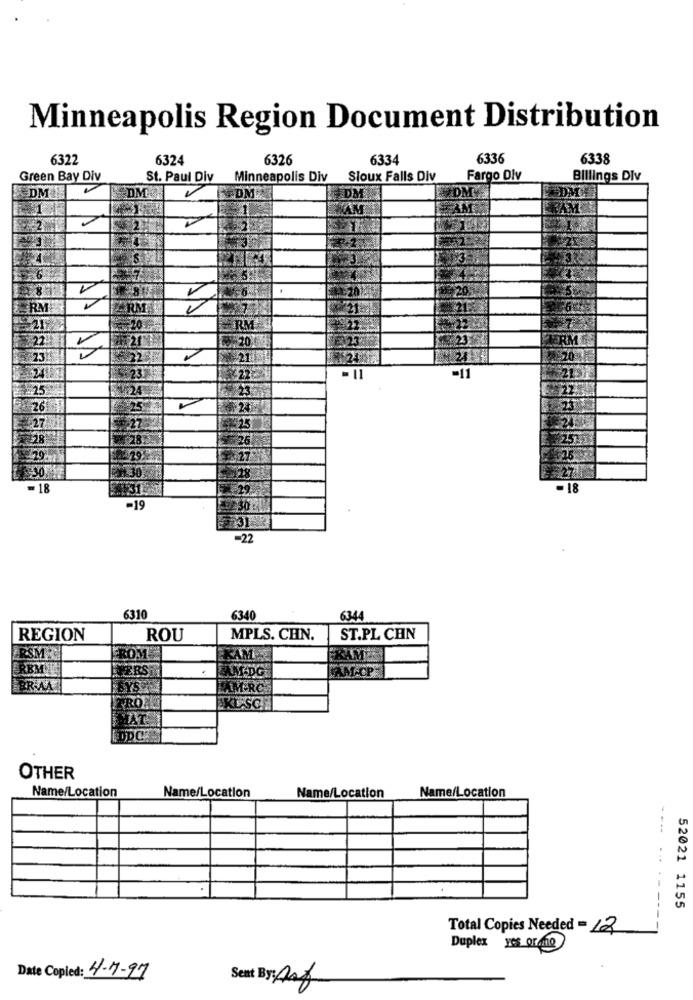
Minneapolis Region Document Distribution
6322
6324
6326
6334
6336
6338
Green Bay Div
St. Paul Div
Minneapolis Div
Sioux Falls Div
Fargo Dlv
Billings DIv
DM
DM
4 DM
1
RM
ZIRM
23
1
= 11
-11
25
261
$ 24
27
125
28
=18
- 18
-19
-22
6310
6340
6344
REGION
ROU
MPLS. CHN.
ST.PL CHN
FROM
RSM
KAM
FRAM
REM
ZAM-DGT
ERS
BRIA
AM-RC
PROS
CODCE
OTHER
Name/Location
Name/Location
Name/Location
Name/Location
---......
52021 1155
Total Copies Needed = 12
Duplex yes Or no
Date Copied: 4-7-97
Sent By: Art